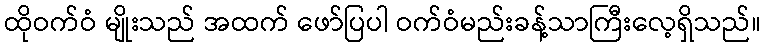
ထိုဝက်ဝံ မျိုးသည် အထက် ဖော်ပြပါ ဝက်ဝံမည်းခန့်သာကြီးလေ့ရှိသည်။